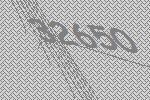
32650